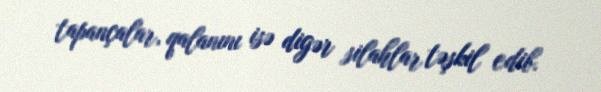
tapançalar, qalanını isə digər silahlar təşkil edib.